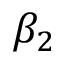
\beta _ { 2 }